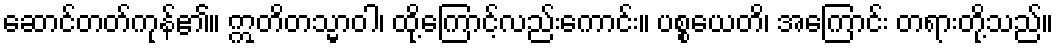
ဆောင်တတ်ကုန်၏။ ဣတိတသ္မာဝါ၊ ထို့ကြောင့်လည်းကောင်း။ ပစ္စယေတိ၊ အကြောင်း တရားတို့သည်။